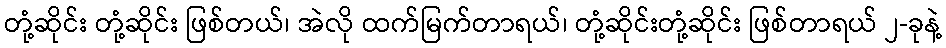
တုံ့ဆိုင်း တုံ့ဆိုင်း ဖြစ်တယ်၊ အဲလို ထက်မြက်တာရယ်၊ တုံ့ဆိုင်းတုံ့ဆိုင်း ဖြစ်တာရယ် ၂-ခုနဲ့